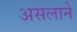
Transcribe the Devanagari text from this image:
असलाने